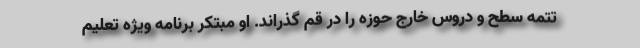
تتمه سطح و دروس خارج حوزه را در قم گذراند. او مبتکر برنامه ویژه تعلیم